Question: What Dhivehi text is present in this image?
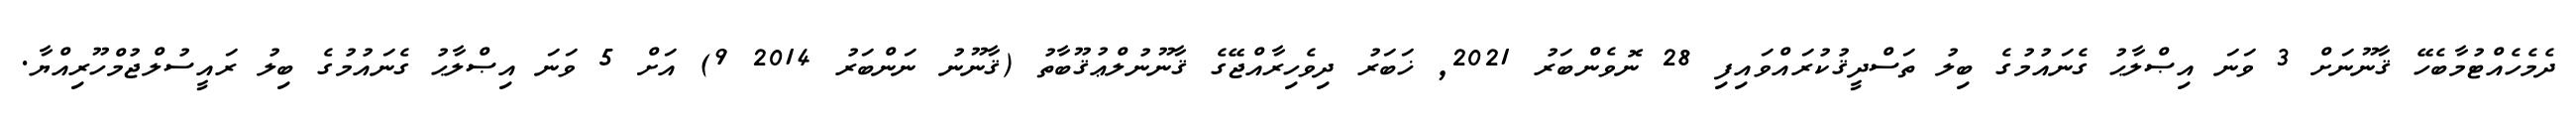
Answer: ދެމެހެއްޓުމާބެހޭ ޤާނޫނަށް 3 ވަނަ އިޞްލާޙު ގެނައުމުގެ ބިލު ތަސްދީޤުކުރައްވައިފި 28 ނޮވެންބަރު 2021, ޚަބަރު ދިވެހިރާއްޖޭގެ ޤާނޫނުލްޢުޤޫބާތު (ޤާނޫނު ނަންބަރު 2014 9) އަށް 5 ވަނަ އިޞްލާޙު ގެނައުމުގެ ބިލު ރައީސުލްޖުމްހޫރިއްޔާ.